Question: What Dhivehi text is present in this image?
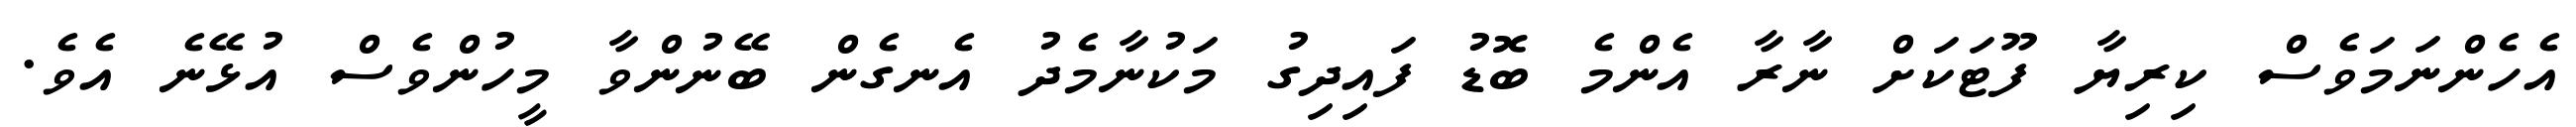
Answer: އެހެންނަމަވެސް ކިރިޔާ ފޫޓަކަށް ނާރާ އެންމެ ބޮޑު ފައިދިގު މަކުނާމެދު އެނގެން ބޭނުންވާ މީހުންވެސް އުޅޭނެ އެވެ.